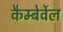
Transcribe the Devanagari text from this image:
कैम्बेर्वेल